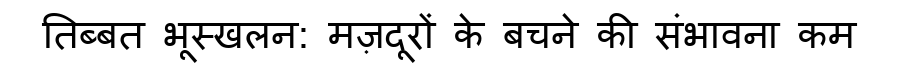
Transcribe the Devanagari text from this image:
तिब्बत भूस्खलन: मज़दूरों के बचने की संभावना कम